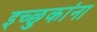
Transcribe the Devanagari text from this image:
इच्छुकांना